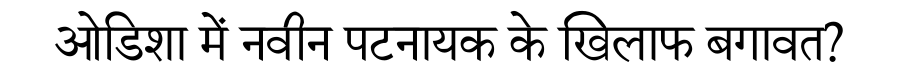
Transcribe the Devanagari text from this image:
ओडिशा में नवीन पटनायक के खिलाफ बगावत?